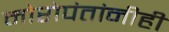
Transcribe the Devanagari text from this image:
मोरोपंतांनीही